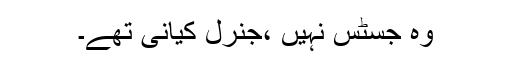
وہ جسٹس نہیں ،جنرل کیانی تھے۔